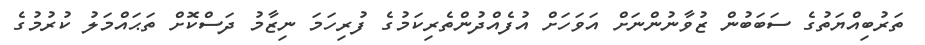
ތަރުބިއްޔަތުގެ ސަބަބުން ޒުވާނުންނަށް އަވަހަށް އުފެއްދުންތެރިކަމުގެ ފުރިހަމަ ނިޒާމު ދަސްކޮށް ތަޙައްމަލު ކުރުމުގެ